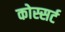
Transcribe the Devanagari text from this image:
कोस्सर्ट